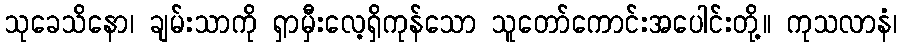
သုခေသိနော၊ ချမ်းသာကို ရှာမှီးလေ့ရှိကုန်သော သူတော်ကောင်းအပေါင်းတို့။ ကုသလာနံ၊